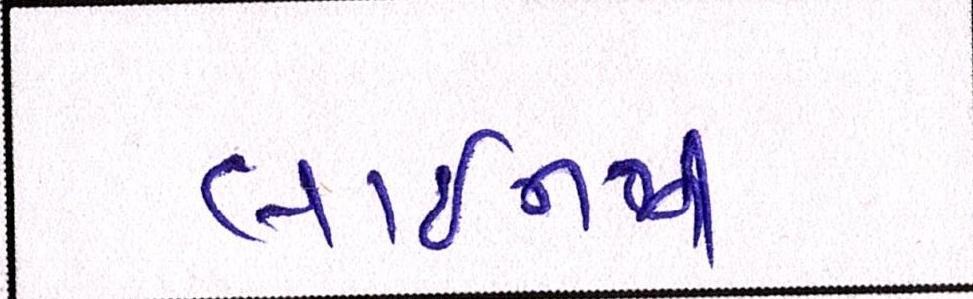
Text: લાઈનથી